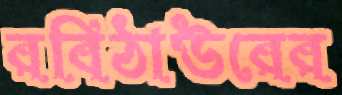
রবিঠাউরের